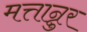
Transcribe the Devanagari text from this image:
मत्तान्नुर